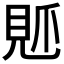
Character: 𧠘